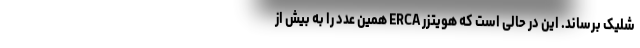
شلیک برساند. این در حالی است که هویتزر ERCA همین عدد را به بیش از